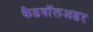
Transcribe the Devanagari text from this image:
कैडवॉलअडर